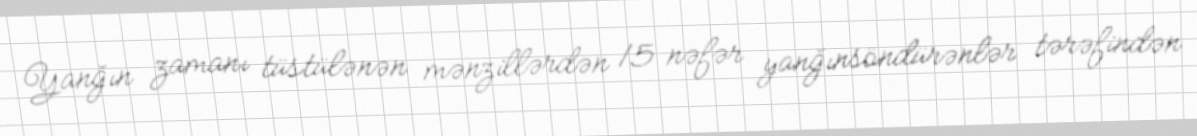
Yanğın zamanı tüstülənən mənzillərdən 15 nəfər yanğınsöndürənlər tərəfindən